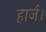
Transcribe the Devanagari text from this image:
हार्ज।